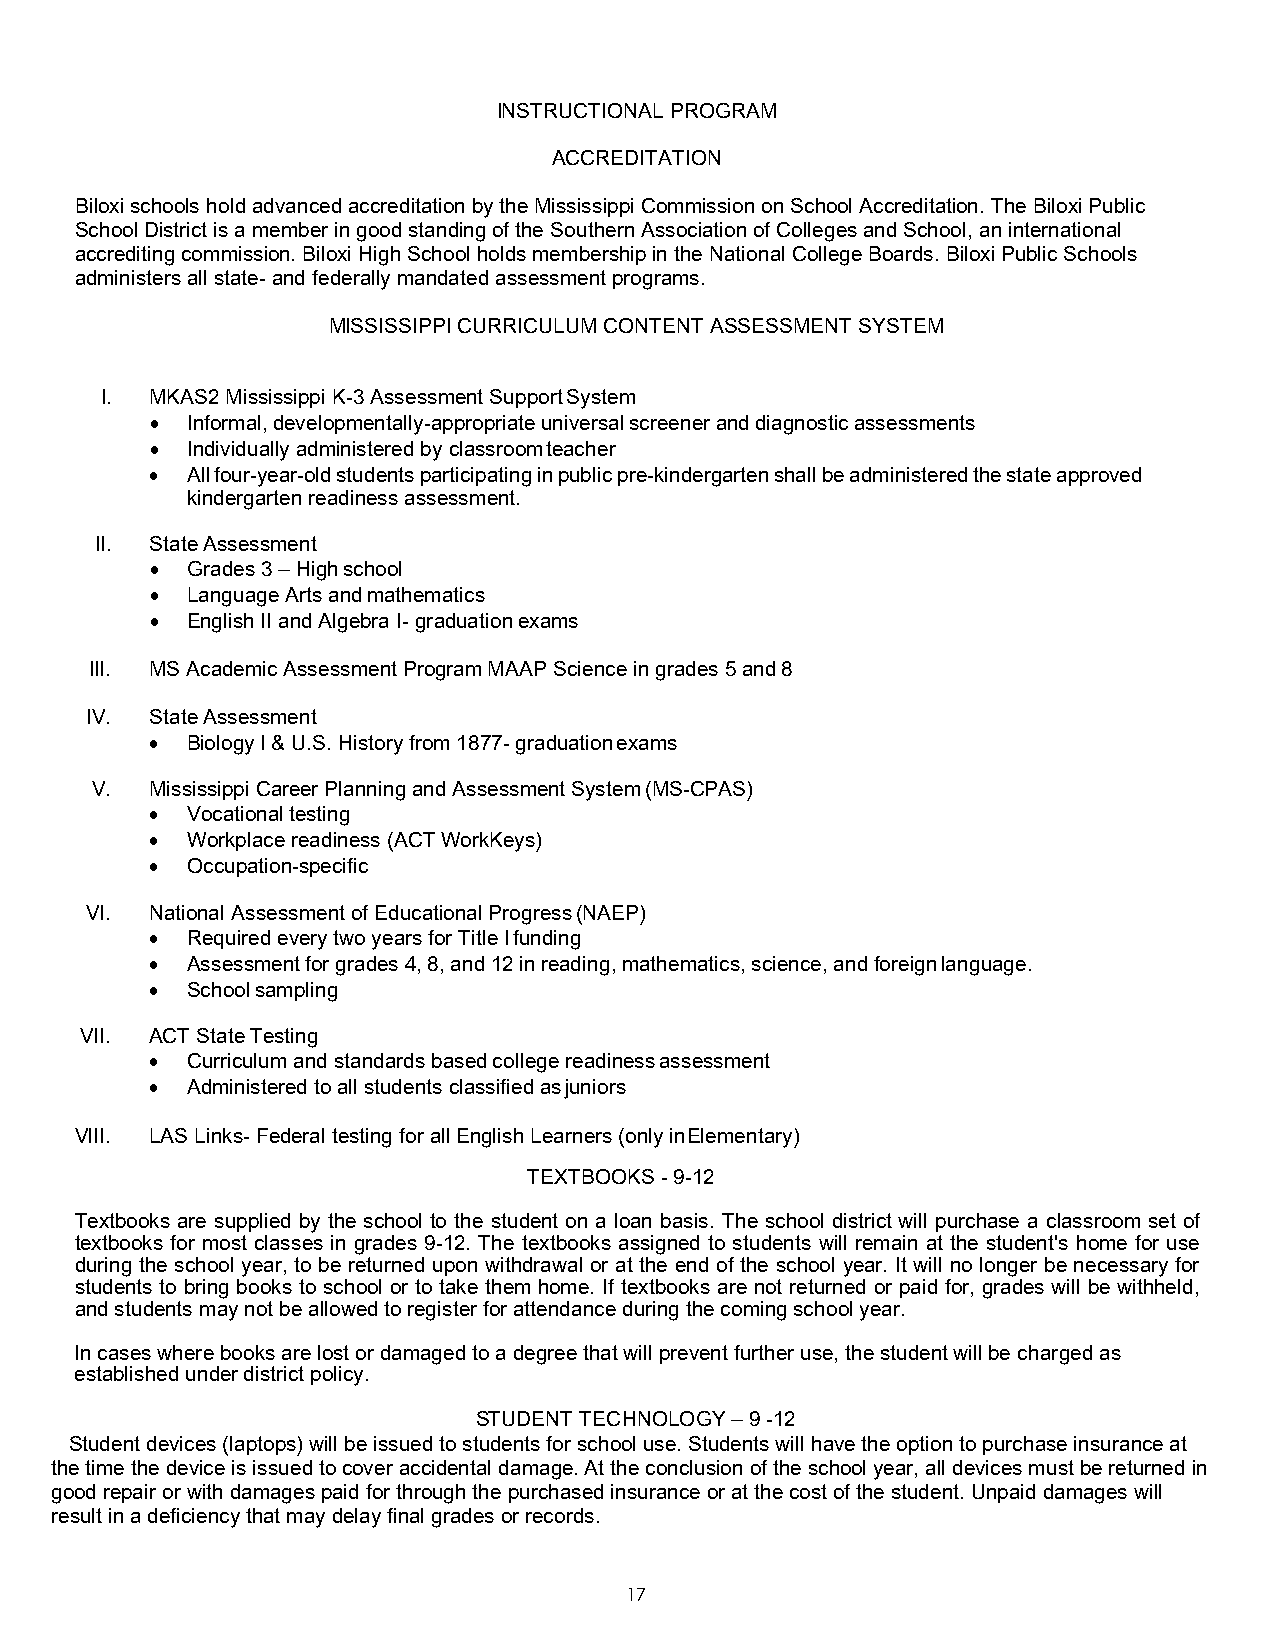
INSTRUCTIONAL PROGRAM
 ACCREDITATION
 Biloxi schools hold advanced accreditation by the Mississippi Commission on School Accreditation. The Biloxi Public
 School District is a member in good standing of the Southern Association of Colleges and School, an international
 accrediting commission. Biloxi High School holds membership in the National College Boards. Biloxi Public Schools
 administers all state- and federally mandated assessment programs.
 MISSISSIPPI CURRICULUM CONTENT ASSESSMENT SYSTEM
 I. MKAS2 Mississippi K-3 Assessment Support System
 • Informal, developmentally-appropriate universal screener and diagnostic assessments
 • Individually administered by classroom teacher
 • All four-year-old students participating in public pre-kindergarten shall be administered the state approved
 kindergarten readiness assessment.
 II. State Assessment
 • Grades 3 – High school
 • Language Arts and mathematics
 • English II and Algebra I- graduation exams
 III. MS Academic Assessment Program MAAP Science in grades 5 and 8
 IV. State Assessment
 • Biology I & U.S. History from 1877- graduation exams
 V.  Mississippi Career Planning and Assessment System (MS-CPAS)
 • Vocational testing
 • Workplace readiness (ACT WorkKeys)
 • Occupation-specific
 VI. National Assessment of Educational Progress (NAEP)
 • Required every two years for Title I funding
 • Assessment for grades 4, 8, and 12 in reading, mathematics, science, and foreign language.
 • School sampling
 VII. ACT State Testing
 • Curriculum and standards based college readiness assessment
 • Administered to all students classified as juniors
 VIII. LAS Links- Federal testing for all English Learners (only in Elementary)
 TEXTBOOKS - 9-12
 Textbooks are supplied by the school to the student on a loan basis. The school district will purchase a classroom set of
 textbooks for most classes in grades 9-12. The textbooks assigned to students will remain at the student's home for use
 during the school year, to be returned upon withdrawal or at the end of the school year. It will no longer be necessary for
 students to bring books to school or to take them home. If textbooks are not returned or paid for, grades will be withheld,
 and students may not be allowed to register for attendance during the coming school year.
 In cases where books are lost or damaged to a degree that will prevent further use, the student will be charged as
 established under district policy.
 STUDENT TECHNOLOGY – 9 -12
 Student devices (laptops) will be issued to students for school use. Students will have the option to purchase insurance at
 the time the device is issued to cover accidental damage. At the conclusion of the school year, all devices must be returned in
 good repair or with damages paid for through the purchased insurance or at the cost of the student. Unpaid damages will
 result in a deficiency that may delay final grades or records.
 17